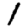
Digit: 1